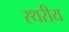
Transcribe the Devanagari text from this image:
स्थरीय